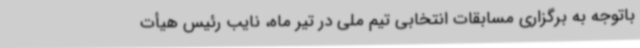
باتوجه به برگزاری مسابقات انتخابی تیم ملی در تیر ماه، نایب رئیس هیأت